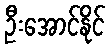
ဦးအောင်နိုင်